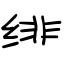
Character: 绯